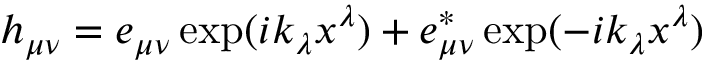
h _ { \mu \nu } = e _ { \mu \nu } \exp ( i k _ { \lambda } x ^ { \lambda } ) + e _ { \mu \nu } ^ { * } \exp ( - i k _ { \lambda } x ^ { \lambda } )